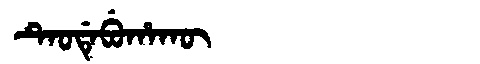
Manchu: ᡨᡝᠣᡩᡝᠪᡠᡥᠠᡴᡡ
Romanization: TEODEBUHAKŪ